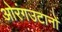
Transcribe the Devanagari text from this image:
ओरंगउटानों